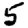
Digit: 5